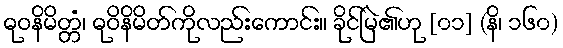
ဓုဝနိမိတ္တံ၊ ဓုဝိနိမိတ်ကိုလည်းကောင်း။ ခိုင်မြဲ၏ဟု [၀၁] (နိ၊ ၁၆၀)